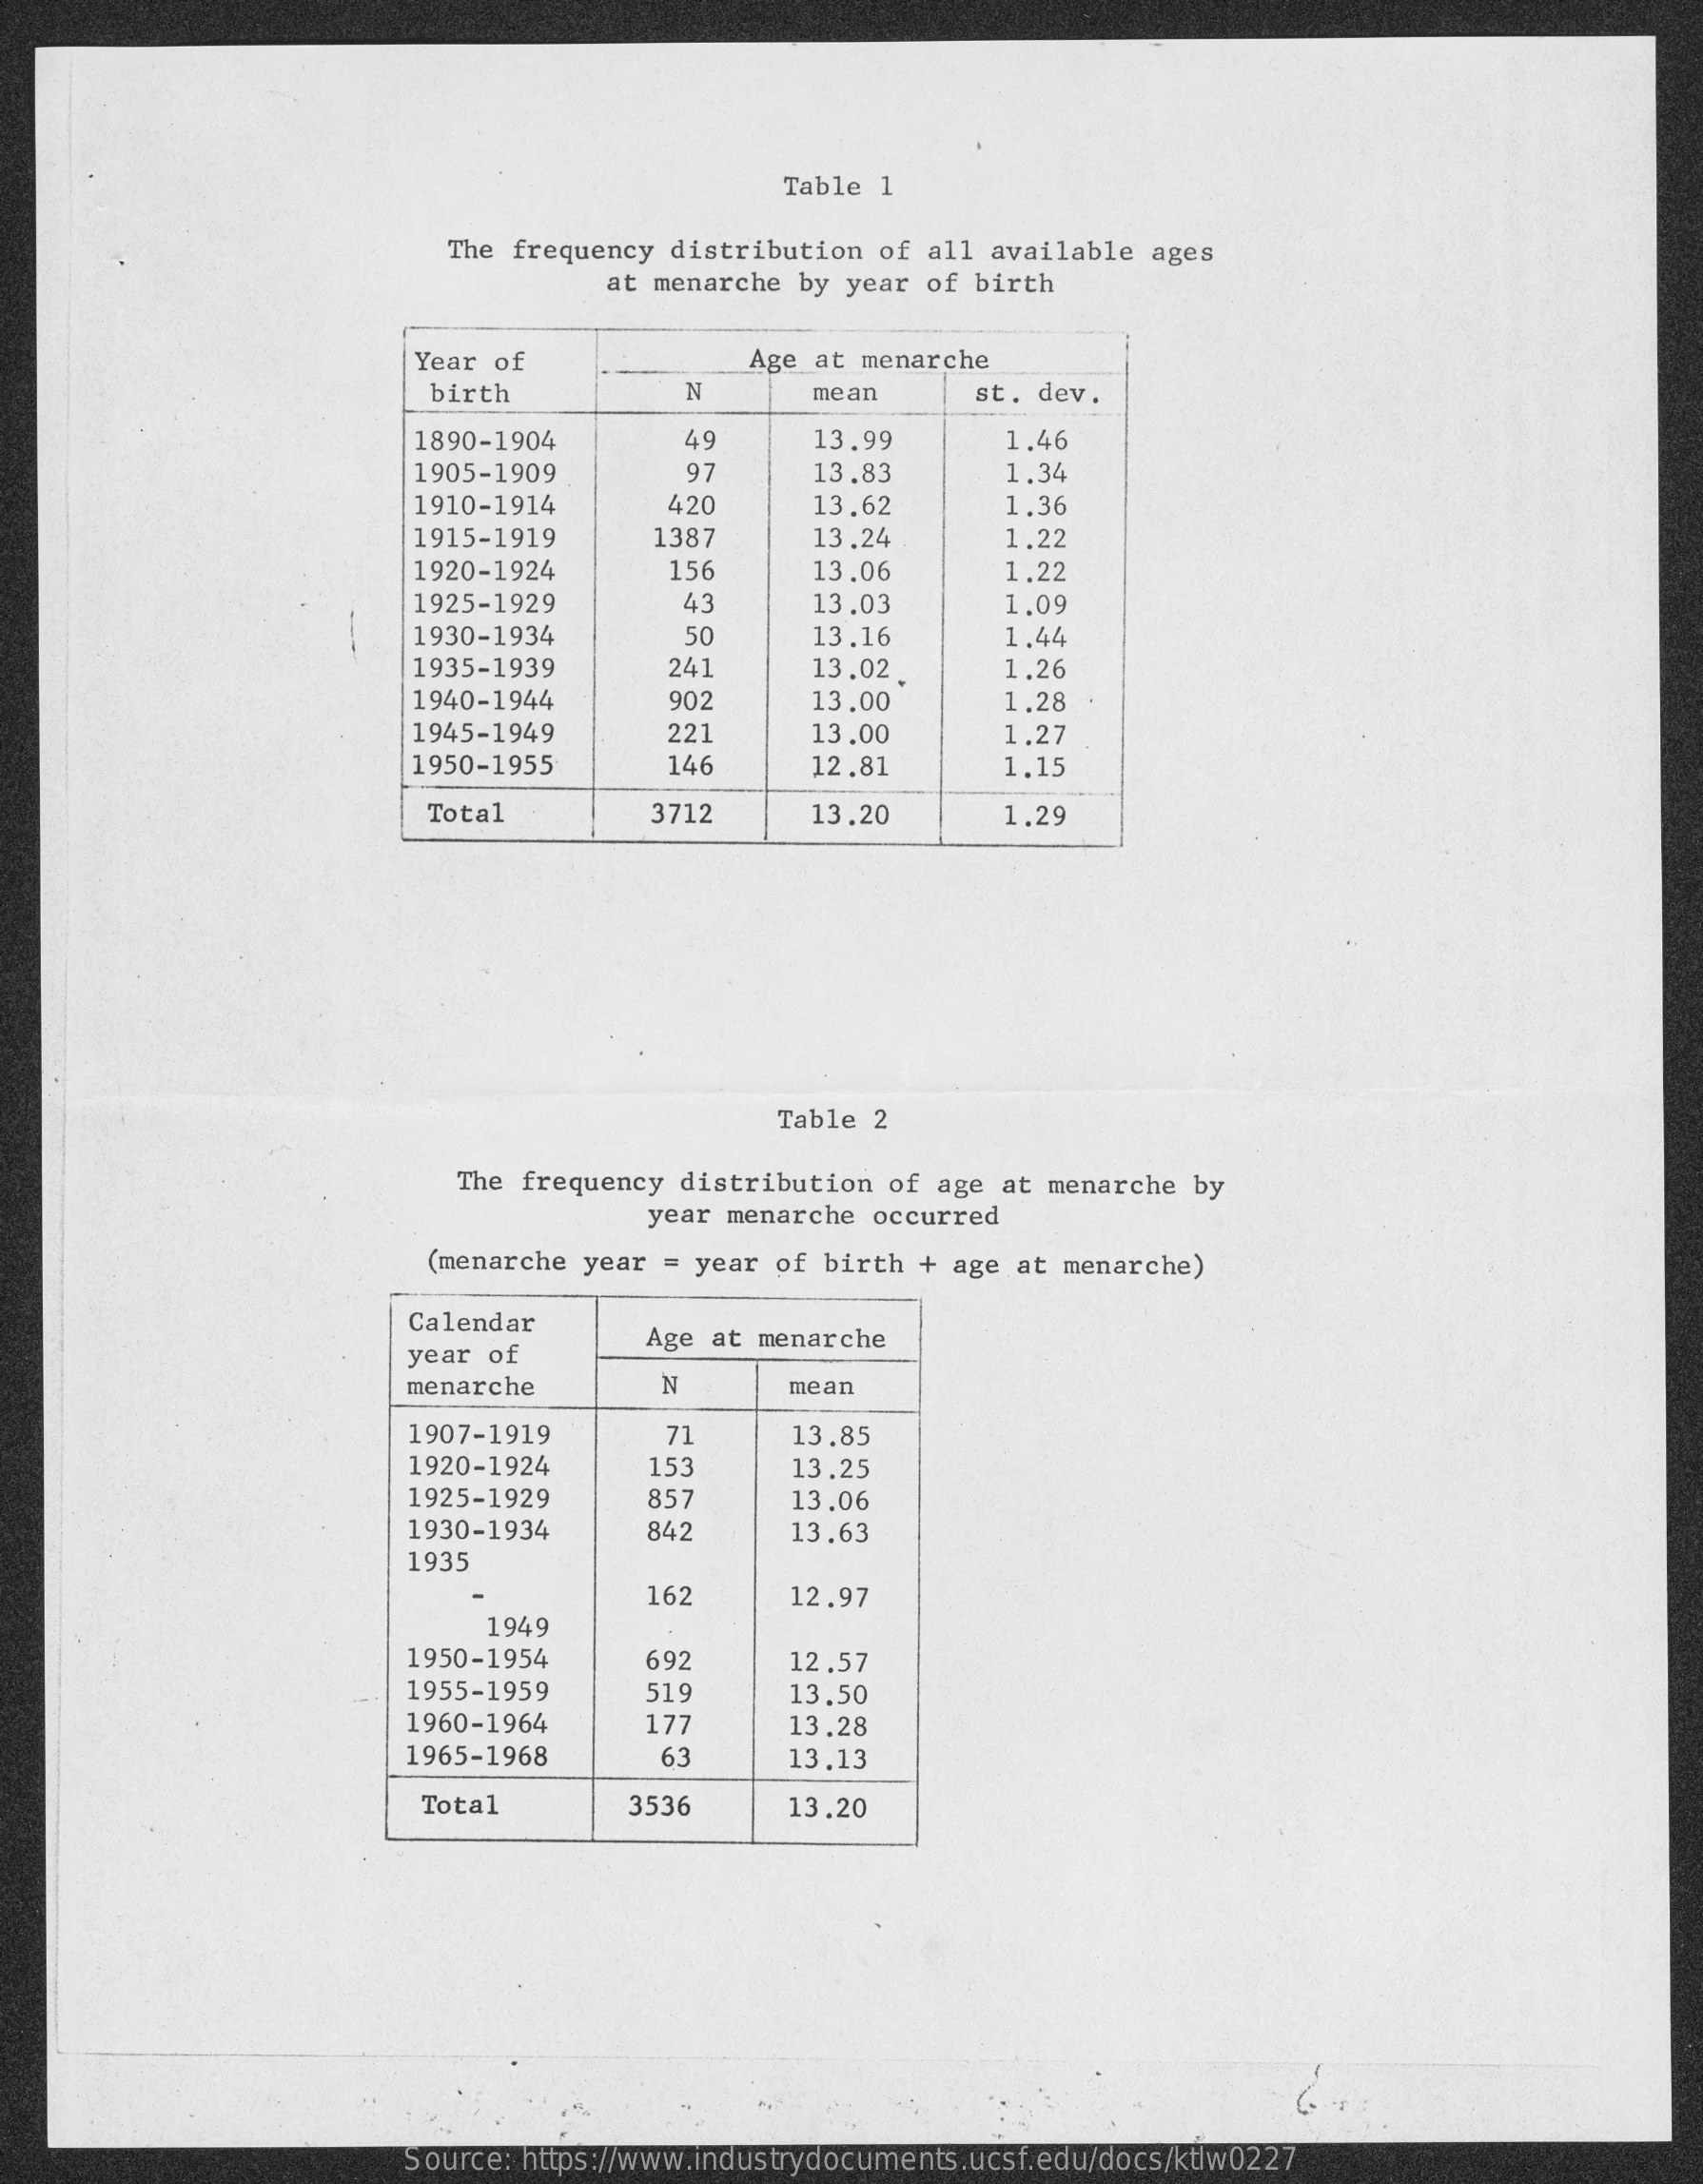
Table 1
     The frequency distribution  of all  available ages
     at menarche  by year of birth
     Year of    Age at menarche
     birth    N    mean    st. dev.
     1890-1904    49    13.99    1.46
     1905-1909    97    13.83    1.34
     1910-1914    420    13,62    1.36
     1915-1919    1387    13.24    1.22
     1920-1924    156    13.06    1,22
     1925-1929    43    13.03    1.09
     1930-1934    50    13.16    1.44
     1935-1939    241    13.02.    1.26
     1940-1944    902    13.00    1.28
     1945-1949    221    13,00    1.27
     1950-1955    146    12.81    1,15
     Total    3712    13.20    1,29
     Table 2
     The frequency distribution  of age at menarche  by
     year menarche  occurred
     (menarche year  = year of birth  + age at menarche)
     Calendar
     year of
     Age at menarche
     menarche    N    mean
     1907-1919    71    13.85
     1920-1924    153    13.25
     1925-1929    857    13.06
     1930-1934    842    13.63
     1935
     162    12.97
     1949
     1950-1954    692    12.57
     1955-1959    51    13.50
     1960-1964    177    13.28
     1965-1968    63    13.13
     Total    3536    13.20
     Source: https://www.industrydocuments.ucsf.edu/docs/ktlw0227